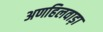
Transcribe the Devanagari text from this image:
अणहिलवाड़ा